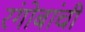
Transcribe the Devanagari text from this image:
रंगोबांची